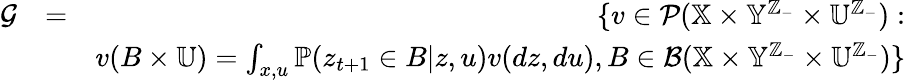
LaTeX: \begin{array}{rlr}{{\cal G}}&{=}&{\{ v\in{\cal P}(\mathbb{X}\times\mathbb{Y}^{\mathbb{Z}_{-}}\times\mathbb{U}^{\mathbb{Z}_{-}}):}\\ &{}&{v(B\times\mathbb{U})=\int_{x,u}\mathbb{P}(z_{t+1}\in B|z,u)v(dz,du),B\in{\cal B}(\mathbb{X}\times\mathbb{Y}^{\mathbb{Z}_{-}}\times\mathbb{U}^{\mathbb{Z}_{-}})\} }\end{array}